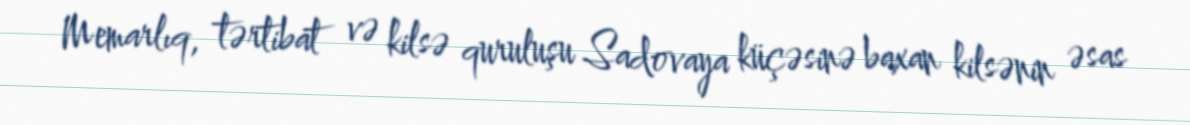
Memarlıq, tərtibat və kilsə quruluşu Sadovaya küçəsinə baxan kilsənin əsas